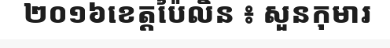
២០១៦ខេត្តប៉ៃលិន ៖ សួនកុមារ